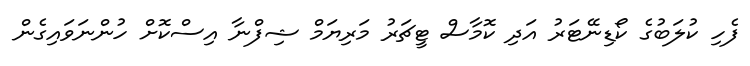
ފެހި ކުލަބުގެ ކޯޑިނޭޓަރު އަދި ކޮމާސް ޓީޗަރު މަރިޔަމް ޝިފްނާ އިސްކޮށް ހުންނަވައިގެން